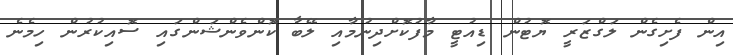
އިން ފެށިގެން ލަގްޒަރީ ޔޮޓުން ޑިއުޓީ މާފުކޮށްދިނުމާއި ލޭބާ ކޮންވެންޝަންގައި ސޮއިކުރުން ހިމެނެ